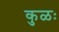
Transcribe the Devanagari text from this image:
कुळः